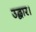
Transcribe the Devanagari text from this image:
उद्धार।